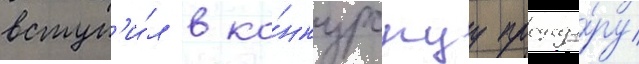
вступ'и́л в ко́нкурснуу процеду́ру